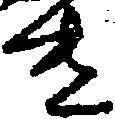
き